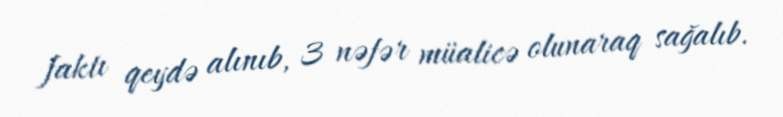
faktı qeydə alınıb, 3 nəfər müalicə olunaraq sağalıb.